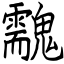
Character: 䰰